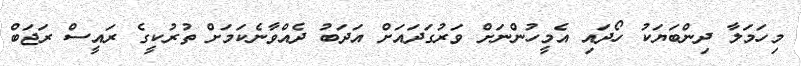
މިހަމަލާ ދިންބަޔަކު ހޯދައި އެމީހުންނަށް ވަރުގަދައަށް އަދަބު ދެއްވާނެކަމަށް ތުރުކީގެ ރައީސް ރަޖަބް